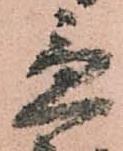
急